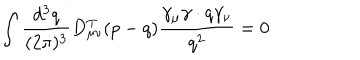
\int \frac { d ^ { 3 } q } { ( 2 \pi ) ^ { 3 } } D _ { \mu \nu } ^ { \mathrm { T } } ( p - q ) \frac { \gamma _ { \mu } \gamma \cdot q \gamma _ { \nu } } { q ^ { 2 } } = 0